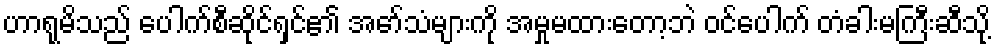
ဟာရုမိသည် ပေါက်စီဆိုင်ရှင်၏ အော်သံများကို အမှုမထားတော့ဘဲ ဝင်ပေါက် တံခါးမကြီးဆီသို့